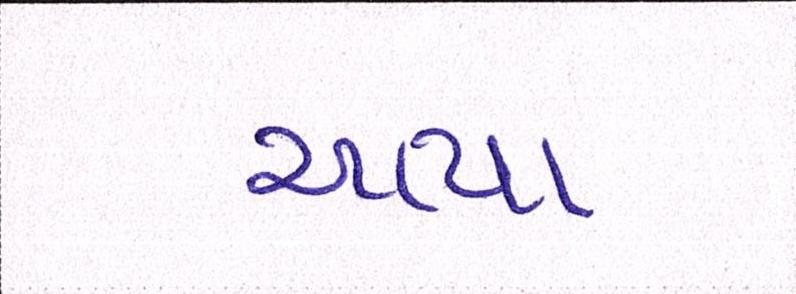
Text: આયા